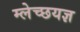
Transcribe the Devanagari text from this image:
म्लेच्छयज्ञ